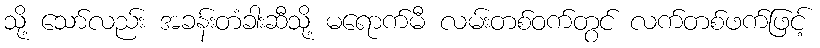
သို့ သော်လည်း အခန်းတံခါးဆီသို့ မရောက်မီ လမ်းတစ်ဝက်တွင် လက်တစ်ဖက်ဖြင့်